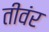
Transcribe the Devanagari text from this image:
तीवंर